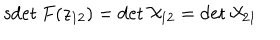
\mathrm { s d e t } \: F ( z _ { 1 2 } ) = \det { \cal X } _ { 1 2 } = \det { \cal X } _ { 2 1 }